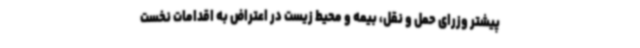
پیشتر وزرای حمل و نقل، بیمه و محیط زیست در اعتراض به اقدامات نخست